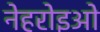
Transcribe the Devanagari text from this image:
नेहरोइओ